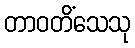
တာဝတိံသေသု